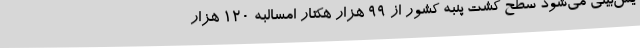
یش‌بینی می‌شود سطح کشت پنبه کشور از 99 هزار هکتار امسالبه 120 هزار